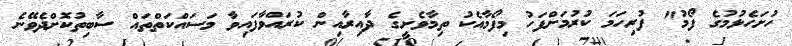
ހުށަހެޅުމުގެ ފޯމު" ފުރިހަމަ ކުރުމަށްފަހު މިފޯމާއެކު ތިމާވެށީގެ ދާއިރާއިން ކުރައްވާފައިވާ މަސައްކަތްތައް ސާބިތުކޮށްދެވޭނެ